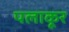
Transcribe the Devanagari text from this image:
पलाकूर